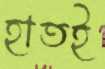
হাতই